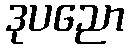
ဒုပညော